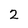
Character: 2